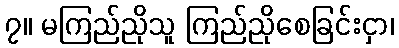
၇။ မကြည်ညိုသူ ကြည်ညိုစေခြင်းငှာ၊